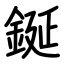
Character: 鋋